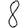
Digit: 8